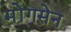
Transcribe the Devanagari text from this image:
मोंगसेन